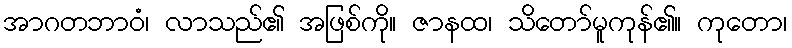
အာဂတဘာဝံ၊ လာသည်၏ အဖြစ်ကို။ ဇာနထ၊ သိတော်မူကုန်၏။ ကုတော၊